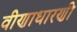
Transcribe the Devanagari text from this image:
वीणाधारणी